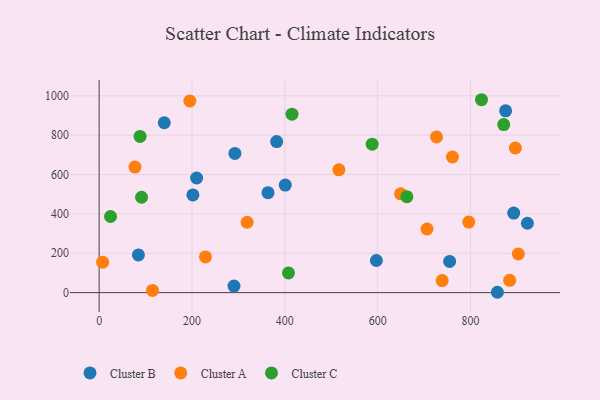
{"axis": {"x": "Price", "y": "Rating"}, "legend": ["Cluster A", "Cluster B", "Cluster C"], "data": [{"x": "140.3", "y": 863.3, "type": "Cluster B"}, {"x": "210.0", "y": 582.5, "type": "Cluster B"}, {"x": "858.0", "y": 1.7, "type": "Cluster B"}, {"x": "401.0", "y": 546.8, "type": "Cluster B"}, {"x": "292.5", "y": 707.6, "type": "Cluster B"}, {"x": "875.7", "y": 924.2, "type": "Cluster B"}, {"x": "755.1", "y": 158.6, "type": "Cluster B"}, {"x": "382.5", "y": 767.8, "type": "Cluster B"}, {"x": "597.3", "y": 163.3, "type": "Cluster B"}, {"x": "202.0", "y": 496.7, "type": "Cluster B"}, {"x": "922.6", "y": 352.6, "type": "Cluster B"}, {"x": "290.5", "y": 33.3, "type": "Cluster B"}, {"x": "363.8", "y": 507.9, "type": "Cluster B"}, {"x": "84.6", "y": 191.4, "type": "Cluster B"}, {"x": "893.1", "y": 404.5, "type": "Cluster B"}, {"x": "195.4", "y": 973.9, "type": "Cluster A"}, {"x": "884.5", "y": 62.4, "type": "Cluster A"}, {"x": "77.1", "y": 638.1, "type": "Cluster A"}, {"x": "796.3", "y": 358.7, "type": "Cluster A"}, {"x": "649.5", "y": 502.0, "type": "Cluster A"}, {"x": "739.0", "y": 61.0, "type": "Cluster A"}, {"x": "726.9", "y": 791.5, "type": "Cluster A"}, {"x": "706.4", "y": 323.2, "type": "Cluster A"}, {"x": "896.8", "y": 735.0, "type": "Cluster A"}, {"x": "516.5", "y": 624.0, "type": "Cluster A"}, {"x": "761.2", "y": 689.4, "type": "Cluster A"}, {"x": "229.0", "y": 181.5, "type": "Cluster A"}, {"x": "114.9", "y": 11.1, "type": "Cluster A"}, {"x": "903.1", "y": 196.2, "type": "Cluster A"}, {"x": "7.5", "y": 154.7, "type": "Cluster A"}, {"x": "318.8", "y": 357.7, "type": "Cluster A"}, {"x": "24.5", "y": 386.9, "type": "Cluster C"}, {"x": "823.7", "y": 980.4, "type": "Cluster C"}, {"x": "91.4", "y": 484.7, "type": "Cluster C"}, {"x": "588.2", "y": 754.5, "type": "Cluster C"}, {"x": "663.0", "y": 487.7, "type": "Cluster C"}, {"x": "415.5", "y": 907.1, "type": "Cluster C"}, {"x": "88.2", "y": 793.7, "type": "Cluster C"}, {"x": "871.6", "y": 854.1, "type": "Cluster C"}, {"x": "408.0", "y": 99.9, "type": "Cluster C"}]}